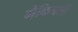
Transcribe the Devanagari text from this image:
मैकिनली